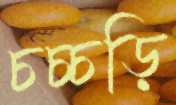
চচ্চড়ি